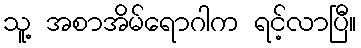
သူ့ အစာအိမ်ရောဂါက ရင့်လာပြီ။